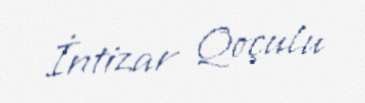
İntizar Qoçulu